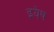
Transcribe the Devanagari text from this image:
इयेष